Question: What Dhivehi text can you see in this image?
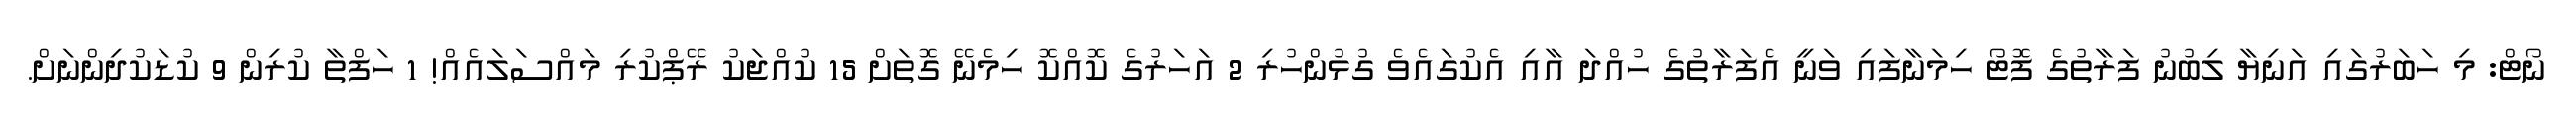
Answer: ނޯޓް: މި ހަބަރުގައި އަނިޔާ ލިބުނު ފަރާތުގެ ފޮޓޯ ހިމަނާފައި ވަނީ އެފަރާތުގެ ހުއްދަ އާއި އެކުގައެވެ ގުޅުންހުރި 2 އަހަރުގެ ކޮއްކޮ ހިމެނޭ ގޮތަށް 15 ކުއްޖަކު ރޭޕްކުރި މައްސަލައެއް! 1 ހަފްތާ ކުރިން 9 ކުޑަކުދިންނަށް.